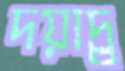
দয়াদ্র্র